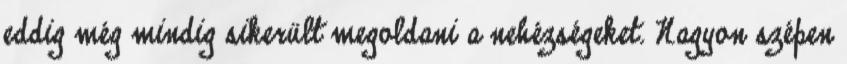
eddig még mindig sikerült megoldani a nehézségeket. Nagyon szépen